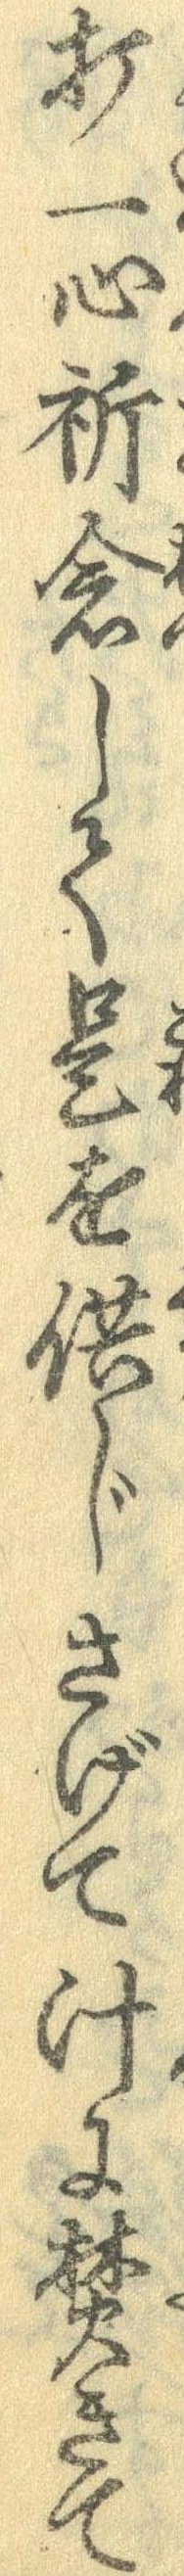
打一心祈念して是を供じさげて汁に焚きて